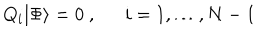
Q _ { i } | \Phi \rangle = 0 \ , \ \ \quad i = 1 , \ldots , N - 1